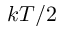
k T / 2